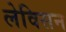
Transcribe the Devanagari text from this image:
लेविसन